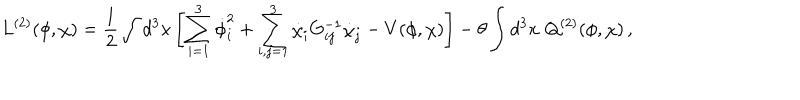
LaTeX: L ^ { ( 2 ) } ( \phi , \chi ) = \frac { 1 } { 2 } \int d ^ { 3 } x \left[ \sum _ { i = 1 } ^ { 3 } \dot { \phi } _ { i } ^ { 2 } + \sum _ { i , j = 1 } ^ { 3 } \dot { \chi } _ { i } G _ { i j } ^ { - 1 } \dot { \chi } _ { j } - V ( \phi , \chi ) \right] - \theta \int d ^ { 3 } x \, \, Q ^ { ( 2 ) } ( \phi , \chi ) \, ,